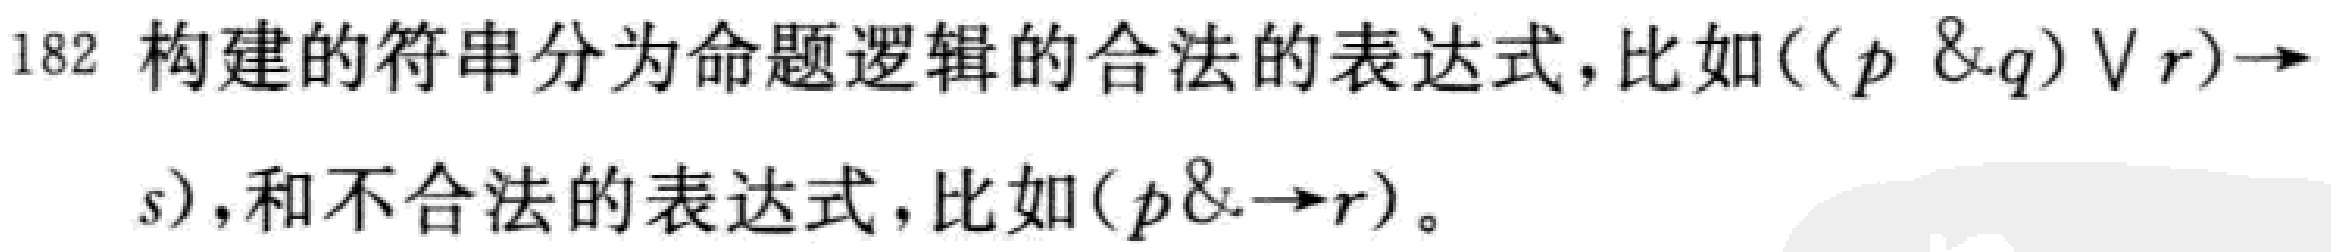
182 构建的符串分为命题逻辑的合法的表达式，比如$((p \& q) \vee r)\rightarrow s)$，和不合法的表达式，比如$(p\& \rightarrow r)$。